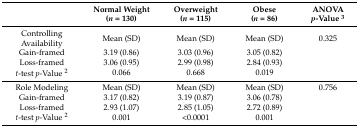
<table><thead><tr><td></td><td><b>Normal Weight(<i>n</i> = 130)</b></td><td><b>Overweight(<i>n</i> = 115)</b></td><td><b>Obese(<i>n</i> = 86)</b></td><td><b>ANOVA<i>p</i>-Value <sup>3</sup></b></td></tr></thead><tbody><tr><td>Controlling Availability</td><td>Mean (SD)</td><td>Mean (SD)</td><td>Mean (SD)</td><td>0.325</td></tr><tr><td>Gain-framed</td><td>3.19 (0.86)</td><td>3.03 (0.96)</td><td>3.05 (0.82)</td><td></td></tr><tr><td>Loss-framed</td><td>3.06 (0.95)</td><td>2.99 (0.98)</td><td>2.84 (0.93)</td><td></td></tr><tr><td><i>t</i>-test <i>p</i>-Value <sup>2</sup></td><td>0.066</td><td>0.668</td><td>0.019</td><td></td></tr><tr><td>Role Modeling</td><td>Mean (SD)</td><td>Mean (SD)</td><td>Mean (SD)</td><td>0.756</td></tr><tr><td>Gain-framed</td><td>3.17 (0.82)</td><td>3.19 (0.87)</td><td>3.06 (0.78)</td><td></td></tr><tr><td>Loss-framed</td><td>2.93 (1.07)</td><td>2.85 (1.05)</td><td>2.72 (0.89)</td><td></td></tr><tr><td><i>t</i>-test <i>p</i>-Value <sup>2</sup></td><td>0.001</td><td>&lt;0.0001</td><td>0.001</td><td></td></tr></tbody></table>